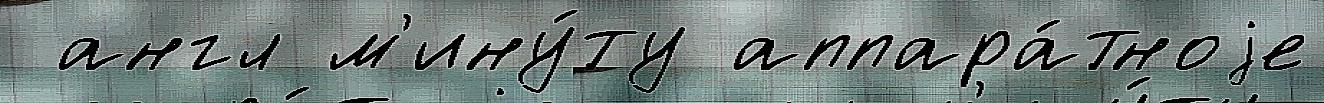
 англ м'ину́ту аппара́тноjе